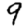
Digit: 9